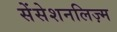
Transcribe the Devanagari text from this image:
सेंसेशनलिज़्म